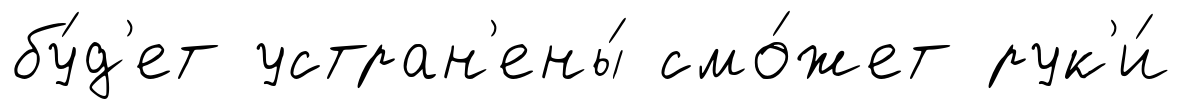
бу́д'ет устран'ены́ смо́жет рук'и́